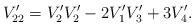
LaTeX: \begin{align*}V'_{22}= V'_2V'_2 -2 V'_1V'_3+3 V'_4.\end{align*}